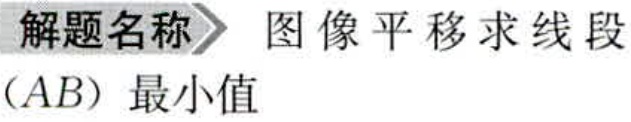
解题名称 图像平移求线段（AB）最小值